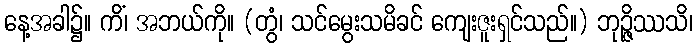
နေ့အခါ၌။ ကိံ၊ အဘယ်ကို။ (တွံ၊ သင်မွေးသမိခင် ကျေးဇူးရှင်သည်။) ဘုဉ္ဇိဿသိ၊